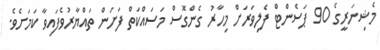
މެޝިނަރީގެ 90 ޕަސެންޓް ފެލިވަރަށް މިހާރު ގެންގޮސް މަސައްކަތް ފަށަން ތައްޔާރުވެފައިވާ ކަމަށެވެ.